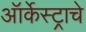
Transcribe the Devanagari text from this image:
ऑर्केस्ट्राचे